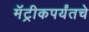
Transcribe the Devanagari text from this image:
मॅट्रीकपर्यंतचे